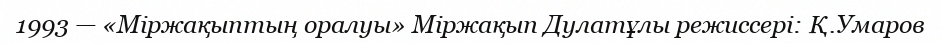
1993 — «Міржақыптың оралуы» Міржақып Дулатұлы режиссері: Қ.Умаров